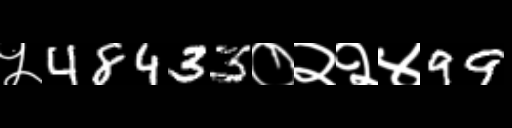
Text: ५48433०२२४99